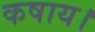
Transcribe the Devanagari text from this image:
कषाय।